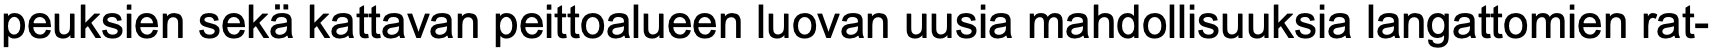
peuksien sekä kattavan peittoalueen luovan uusia mahdollisuuksia langattomien rat-